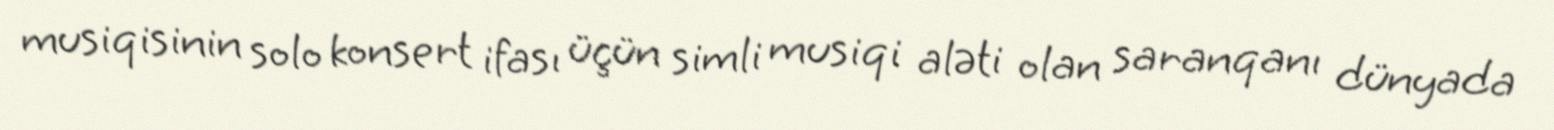
musiqisinin solo konsert ifası üçün simli musiqi aləti olan saranqanı dünyada